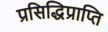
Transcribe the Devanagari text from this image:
प्रसिद्धिप्राप्ति